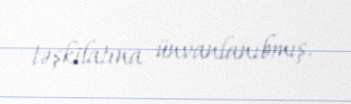
təşkilatına ünvanlanıbmış.